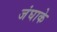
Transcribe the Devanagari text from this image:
जंघाके